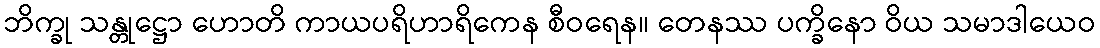
ဘိက္ခု သန္တုဋ္ဌော ဟောတိ ကာယပရိဟာရိကေန စီဝရေန။ တေနဿ ပက္ခိနော ဝိယ သမာဒါယေဝ